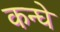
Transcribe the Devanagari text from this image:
कन्घे